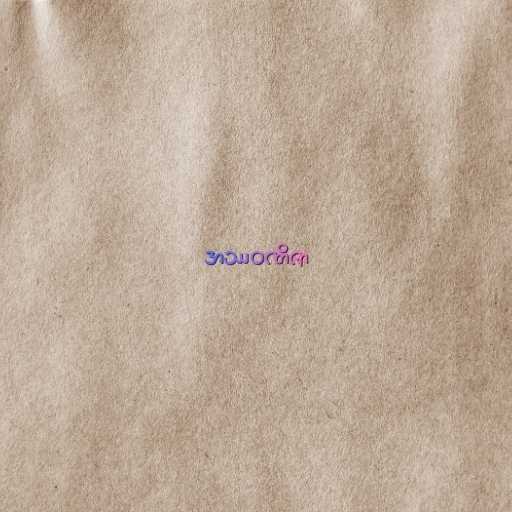
အဿဝဏိဇာ